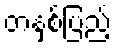
တနှစ်ပြည့်